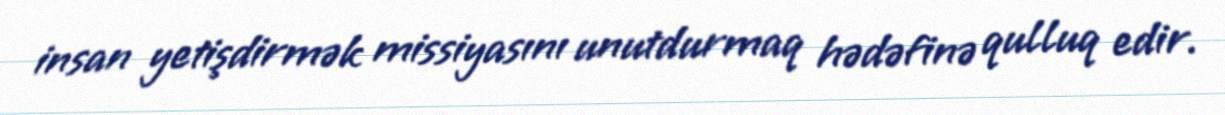
insan yetişdirmək missiyasını unutdurmaq hədəfinə qulluq edir.